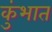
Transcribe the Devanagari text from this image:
कुंभात